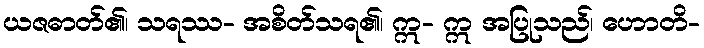
ယဇဓာတ်၏၊ သရဿ- အစိတ်သရ၏၊ ဣ- ဣ အပြုသည်၊ ဟောတိ-